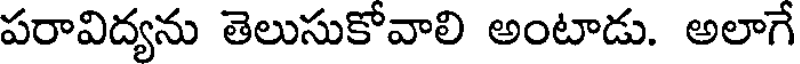
పరావిద్యను తెలుసుకోవాలి అంటాడు. అలాగే